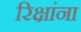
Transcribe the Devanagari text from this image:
रिक्षांना